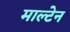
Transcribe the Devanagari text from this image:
माल्टेन